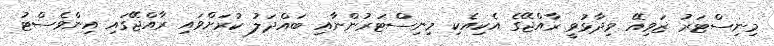
މިނިސްޓަރު ޒަވިއޭ ވިދާޅުވީ ރާއްޖޭގެ އެކިއެކި މިނިސްޓަރުންނާއި ބައްދަލު ކުރަށްވައި ރާއްޖޭގައި އިންވެސްޓު